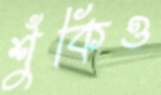
শুঁকিও